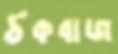
ঠকবাজ